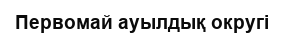
Первомай ауылдық округі